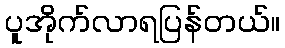
ပူအိုက်လာရပြန်တယ်။